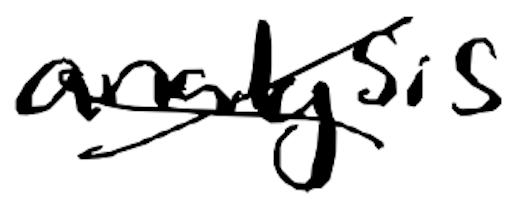
Text: analysis
Cross-out: cross
Writing tool: digital_black